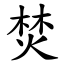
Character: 焚